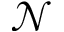
\mathcal { N }